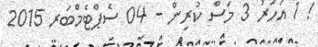
! 1 އަހަރު 3 މަސް ކުރިން - 04 ސެޕްޓެމްބަރ 2015